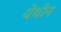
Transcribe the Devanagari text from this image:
येथीन